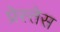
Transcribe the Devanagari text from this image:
प्रेस्तेस